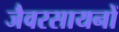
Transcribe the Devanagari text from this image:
जैवरसायनों